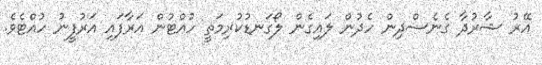
އޭރު ޝާރުދާ ގެނެސްދިން ހެދުން ލައިގެން ލޯގަނޑުކުރިމަތީ ހުއްޓުން އަރާފައި އަރުފީނު ހުއްޓެވެ.